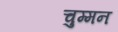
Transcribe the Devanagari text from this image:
चुम्मन